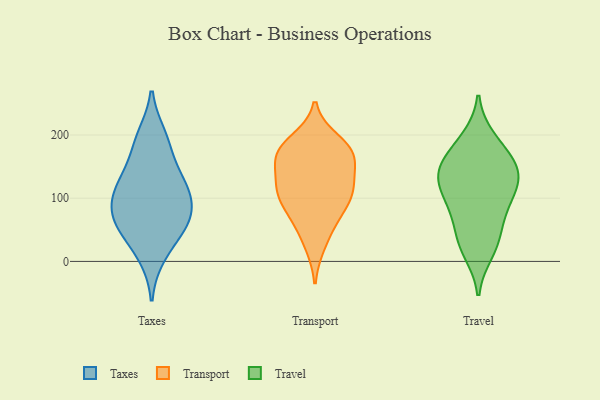
{"axis": {"x": "Page Views", "y": "Value"}, "legend": ["Taxes", "Transport", "Travel"], "data": [{"x": "", "y": 60, "type": "Taxes"}, {"x": "", "y": 197, "type": "Taxes"}, {"x": "", "y": 56, "type": "Taxes"}, {"x": "", "y": 183, "type": "Taxes"}, {"x": "", "y": 95, "type": "Taxes"}, {"x": "", "y": 10, "type": "Taxes"}, {"x": "", "y": 124, "type": "Taxes"}, {"x": "", "y": 114, "type": "Taxes"}, {"x": "", "y": 56, "type": "Taxes"}, {"x": "", "y": 133, "type": "Taxes"}, {"x": "", "y": 84, "type": "Taxes"}, {"x": "", "y": 115, "type": "Transport"}, {"x": "", "y": 168, "type": "Transport"}, {"x": "", "y": 157, "type": "Transport"}, {"x": "", "y": 118, "type": "Transport"}, {"x": "", "y": 27, "type": "Transport"}, {"x": "", "y": 59, "type": "Transport"}, {"x": "", "y": 78, "type": "Transport"}, {"x": "", "y": 174, "type": "Transport"}, {"x": "", "y": 114, "type": "Transport"}, {"x": "", "y": 173, "type": "Transport"}, {"x": "", "y": 172, "type": "Transport"}, {"x": "", "y": 115, "type": "Transport"}, {"x": "", "y": 190, "type": "Transport"}, {"x": "", "y": 92, "type": "Transport"}, {"x": "", "y": 194, "type": "Travel"}, {"x": "", "y": 101, "type": "Travel"}, {"x": "", "y": 122, "type": "Travel"}, {"x": "", "y": 15, "type": "Travel"}, {"x": "", "y": 144, "type": "Travel"}, {"x": "", "y": 68, "type": "Travel"}, {"x": "", "y": 136, "type": "Travel"}, {"x": "", "y": 159, "type": "Travel"}, {"x": "", "y": 105, "type": "Travel"}, {"x": "", "y": 141, "type": "Travel"}, {"x": "", "y": 29, "type": "Travel"}, {"x": "", "y": 148, "type": "Travel"}, {"x": "", "y": 36, "type": "Travel"}, {"x": "", "y": 184, "type": "Travel"}, {"x": "", "y": 83, "type": "Travel"}]}